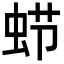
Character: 𮔂